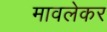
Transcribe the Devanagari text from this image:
मावलेकर